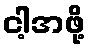
ငါ့အဖို့